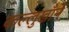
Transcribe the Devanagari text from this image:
कल्लुखाँने